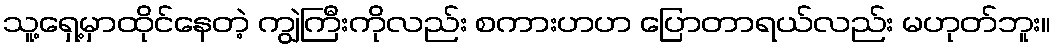
သူ့ရှေ့မှာထိုင်နေတဲ့ ကျွဲကြီးကိုလည်း စကားဟဟ ပြောတာရယ်လည်း မဟုတ်ဘူး။